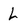
Character: L